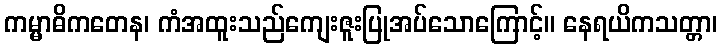
ကမ္မာဓိကတေန၊ ကံအထူးသည်ကျေးဇူးပြုအပ်သောကြောင့်။ နေရယိကသတ္တာ၊